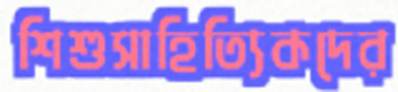
শিশুসাহিত্যিকদের